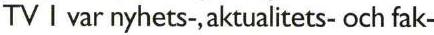
TV I var nyhets-, aktualitets- och fak-